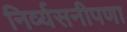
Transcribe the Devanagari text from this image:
निर्व्यसनीपणा